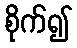
စိုက်၍